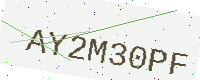
Text: AY2M30PF